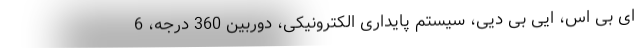
ای بی اس، ایی بی دیی، سیستم پایداری الکترونیکی، دوربین 360 درجه، 6